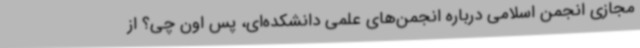
مجازی انجمن اسلامی درباره انجمن‌های علمی دانشکده‌ای، پس اون چی؟ از